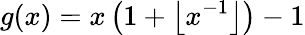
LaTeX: g(x)=x\left(1+\left\lfloor x^{-1}\right\rfloor\right)-1